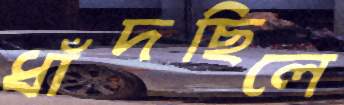
ধাঁদছিলে